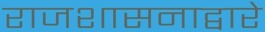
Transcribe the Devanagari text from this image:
राजशासनाद्वारे